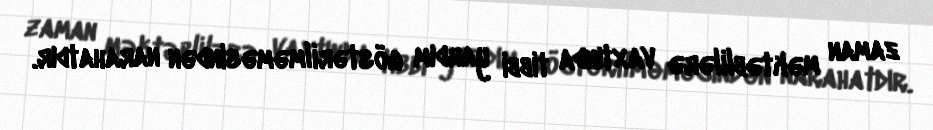
zaman məktəblilərə vaxtında tibbi yardım göstərilməməsindən narahatdır.